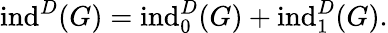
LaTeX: \mathrm{ind}^{D}(G)=\mathrm{ind}_{0}^{D}(G)+\mathrm{ind}_{1}^{D}(G).